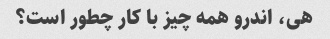
هی، اندرو همه چیز با کار چطور است؟